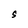
Character: S